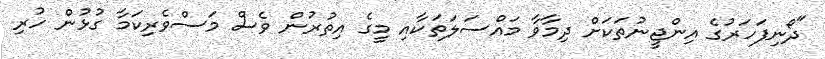
"ދޯނިފަހަރުގެ އިންޖީނުތަކަށް ދިމާވާ މައްސަލަތަކާއި މީގެ އިތުރުން ވެސް މަސްވެރިކަމާ ގުޅުން ހުރި